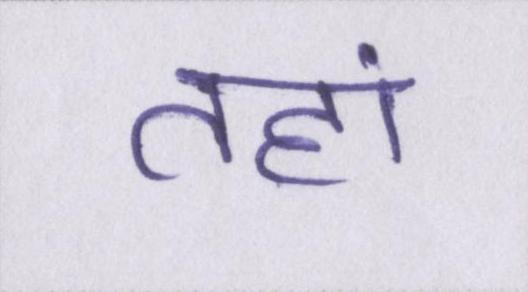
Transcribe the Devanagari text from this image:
तहां